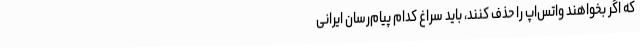
که اگر بخواهند واتس‌اپ را حذف کنند، باید سراغ کدام پیام‌رسان ایرانی